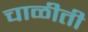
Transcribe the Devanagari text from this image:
चाळीती